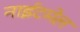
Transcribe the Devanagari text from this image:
नाईटमेल